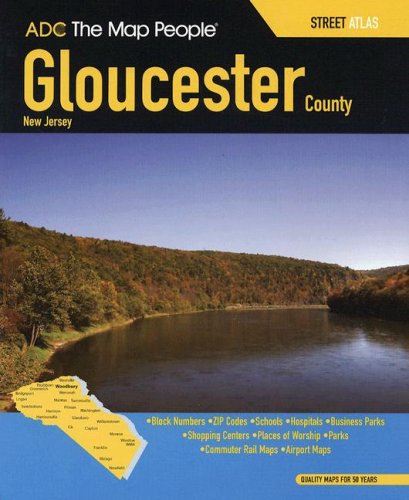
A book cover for ADC Gloucester County New Jersey Street Atlas; Travel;